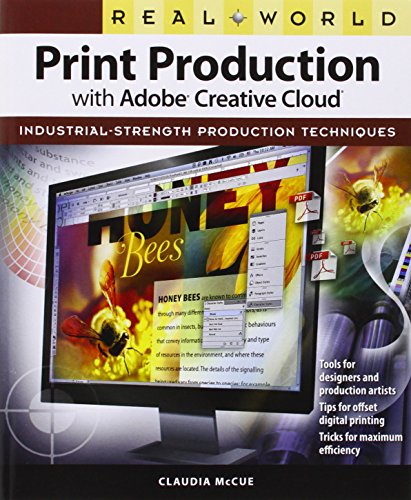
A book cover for Real World Print Production with Adobe Creative Cloud (Graphic Design & Visual Communication Courses); Claudia McCue; Arts & Photography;